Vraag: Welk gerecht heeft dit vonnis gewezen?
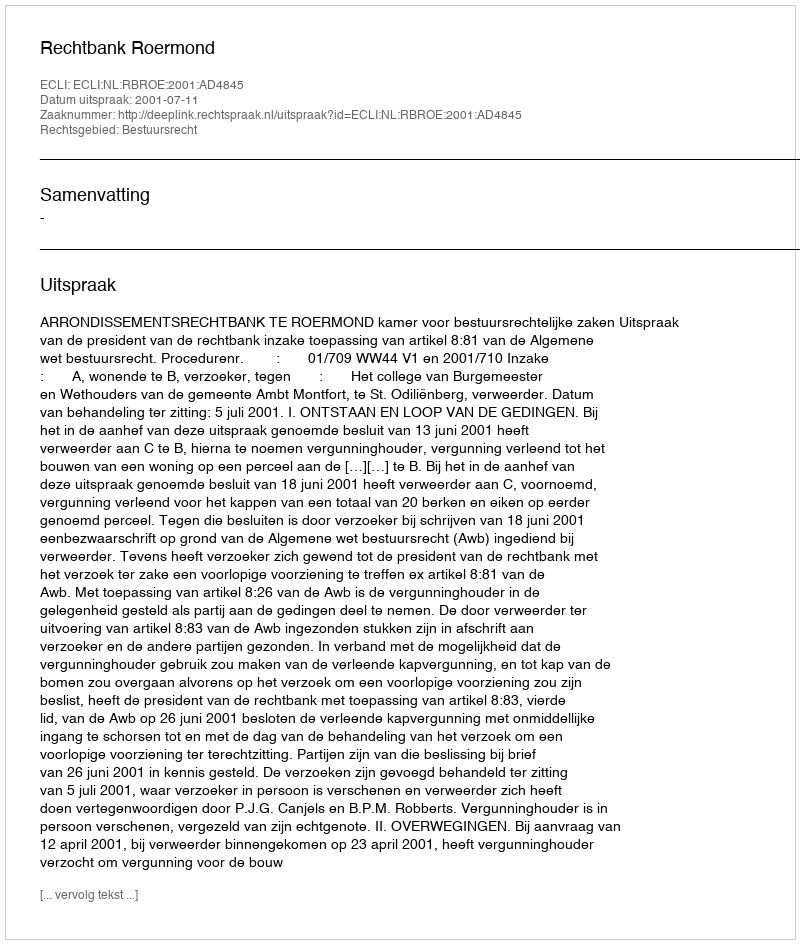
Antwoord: Rechtbank Roermond